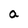
Character: a